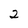
Character: 2